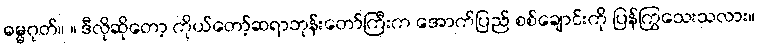
ဓမ္မဂုတ်။ ။ ဒီလိုဆိုတော့ ကိုယ်တော့်ဆရာဘုန်းတော်ကြီးက အောက်ပြည် စစ်ချောင်းကို ပြန်ကြွသေးသလား။